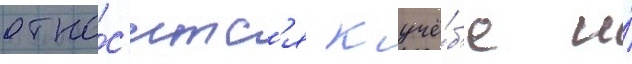
отно́с'итс'я к учё́б'е и́